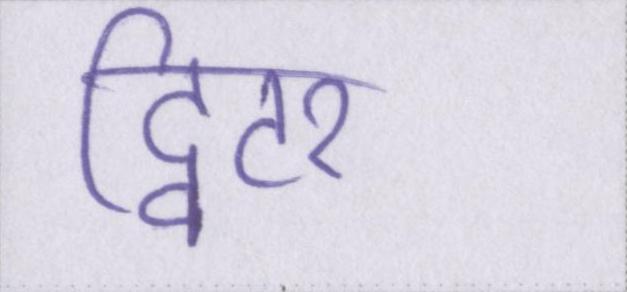
ट्विटर